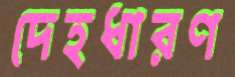
দেহধারণ